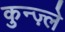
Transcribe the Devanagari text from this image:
कुन्ज़्ले